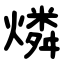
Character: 燐